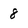
Character: 8